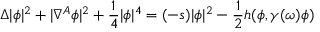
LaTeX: \Delta | \phi | ^ { 2 } + | \nabla ^ { A } \phi | ^ { 2 } + { \frac { 1 } { 4 } } | \phi | ^ { 4 } = ( - s ) | \phi | ^ { 2 } - { \frac { 1 } { 2 } } h ( \phi , \gamma ( \omega ) \phi )